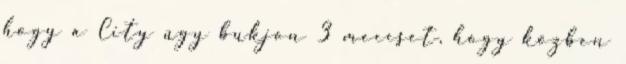
hogy a City úgy bukjon 3 meccset, hogy közben